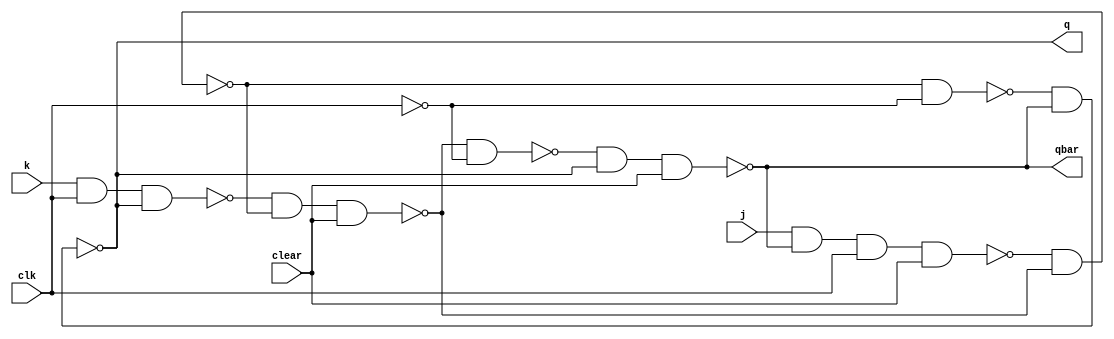
module jkff(q, qbar, j, k, clear, clk);

    input j, k, clear, clk;
    output q, qbar;
    
    wire n1_out, n2_out, n3_out, n4_out, n5_out, n6_out, cbar;
    
    nand nand1(n1_out, j, qbar, clk, clear);
    nand nand2(n2_out, k, clk, q);
    
    nand nand3(n3_out, n1_out, n4_out);
    nand nand4(n4_out, n2_out, n3_out, clear);
    
    not n1(cbar, clk);
     
    nand nand5(n5_out, n3_out, cbar);
    nand nand6(n6_out, n4_out, cbar);
    
    nand nand7(q, n5_out, qbar);
    nand nand8(qbar, n6_out, q, clear);
    
endmodule

//0->3->5->4->7->2->0
module editor(q, clear, clk);
    wire [2:0] j,k,qbar;
    input [2:0] q;
    input clear,clk;

    jkff jk1(q[0],qbar[0],j[0],k[0],clear,clk);
    jkff jk2(q[1],qbar[1],j[1],k[1],clear,clk);
    jkff jk3(q[2],qbar[2],j[2],k[2],clear,clk);

    and(j[2],q[1], q[0]);
    assign k[2] = q[1];
    assign j[1] = qbar[0];
    or(k[1],qbar[2],qbar[0]);
    assign j[0] = qbar[1];
    or(k[0], qbar[1], q[2]);
    
endmodule